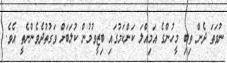
ނުވަތަ ދެން ތިބި މީހުންގެ އަމިއްލަ ކަންކަމުގައި ބިޒީވުމުން ކުލަބަށް ވަގުތުދެވެންނެތީ އެވެ.